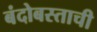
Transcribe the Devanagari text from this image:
बंदोबस्ताची